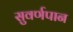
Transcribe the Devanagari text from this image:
सुवर्णपान